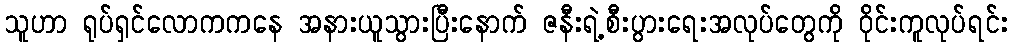
သူဟာ ရုပ်ရှင်လောကကနေ အနားယူသွားပြီးနောက် ဇနီးရဲ့စီးပွားရေးအလုပ်တွေကို ဝိုင်းကူလုပ်ရင်း